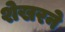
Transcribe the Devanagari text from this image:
शेखरने